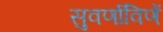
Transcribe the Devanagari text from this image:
सुवर्णाविणें